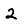
Digit: 2